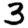
Digit: 3